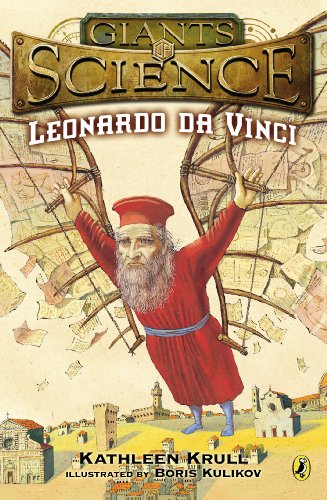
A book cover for Leonardo da Vinci (Giants of Science); Kathleen Krull; Children's Books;